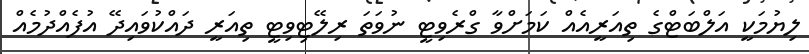
ލިޔުމަކީ އަލްބަޓްގެ ތިއަރީއެއް ކަމަށްވާ ގްރެވިޓީ ނުވަތަ ރިލޭޓިވިޓީ ތިއަރީ ދައްކުވައިދޭ އުފެއްދުމެއް